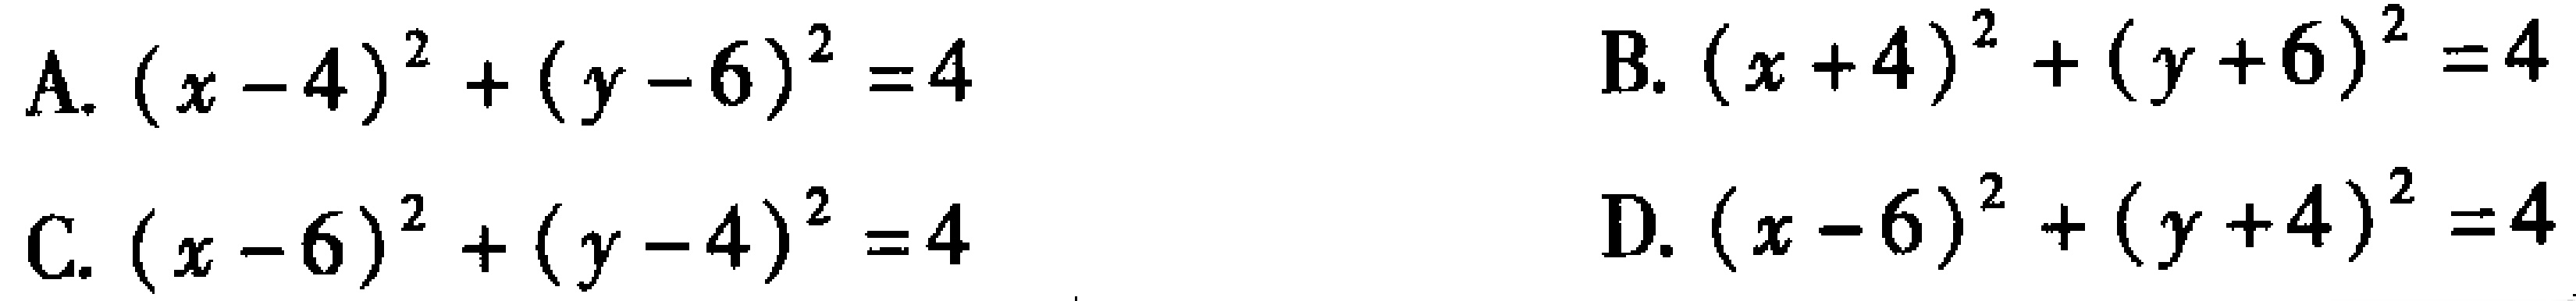
A. \((x - 4)^2+(y - 6)^2 = 4\)
B. \((x + 4)^2+(y + 6)^2 = 4\)
C. \((x - 6)^2+(y - 4)^2 = 4\)
D. \((x - 6)^2+(y + 4)^2 = 4\)